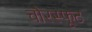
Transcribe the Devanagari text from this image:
चौरस्फूट